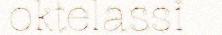
oktelassi